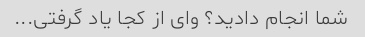
شما انجام دادید؟ وای از کجا یاد گرفتی...